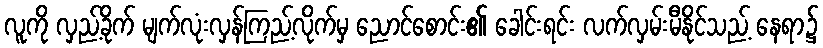
လူကို လှည့်ခိုက် မျက်လုံးလှန်ကြည့်လိုက်မှ ညောင်စောင်း၏ ခေါင်းရင်း လက်လှမ်းမီနိုင်သည့် နေရာ၌